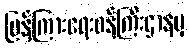
ပြန်ကြားရေးဝန်ကြီးဌာနမှ